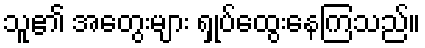
သူ၏ အတွေးများ ရှုပ်ထွေးနေကြသည်။